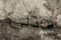
راودني